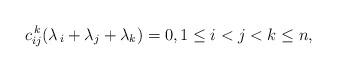
LaTeX: \begin{align*}c_{ij}^{\,k}(\lambda_{\,i} + \lambda_{j} + \lambda_{k}) = 0, 1\leq i<j<k\leq n,\end{align*}